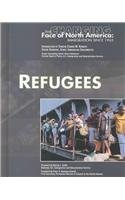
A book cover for Refugees (Changing Face of North America); Clarissa Aykroyd; Children's Books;